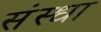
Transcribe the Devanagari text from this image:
संस्धा